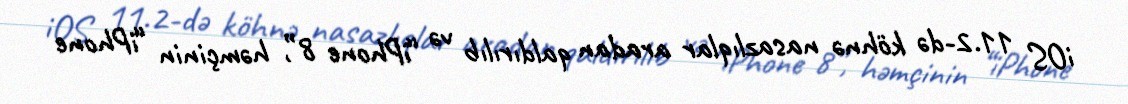
iOS 11.2-də köhnə nasazlıqlar aradan qaldırılıb və “iPhone 8”, həmçinin “iPhone